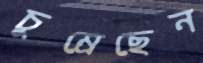
চুম্‌রেছেন